Lunatic asylums United Provinces 1899-1908 - 1899-1908
Year: 1899
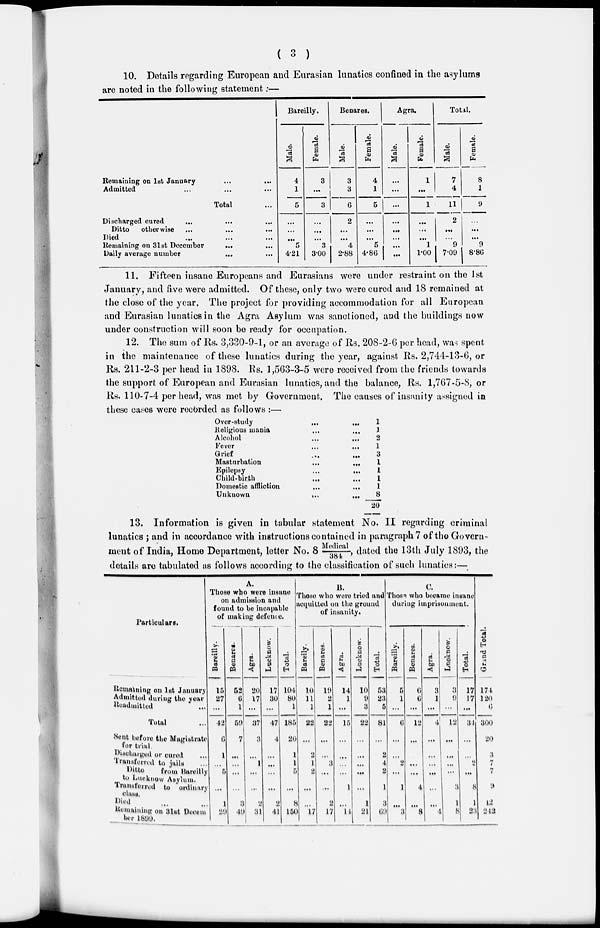
( 3 )
10. Details regarding European and Eurasian lunatics confined in the asylums
are noted in the following statement:—
Remaining on 1st January ... ...
Admitted ... ... ...
Total ...
Discharged cured
... ... ...
Ditto
otherwise ... ... ..
Died ... ... ...
Remaining on 31st December
... ...
Daily average number ... ...
Bareilly.
Male.
4
1
5
...
...
...
5
4.21
Female.
3
...
3
...
...
...
3
3.00
Benares.
Male.
3 3
6
2
...
...
4
2.88
Female.
4
1
5
...
...
...
5
4.86
Agra.
Male.
...
...
...
...
...
...
...
...
Female.
1
...
1
...
...
...
1
1.00
Total.
Male.
7
4
11
2
...
...
9 7.09
Female.
8
1
9
...
...
...
9
8.86
11. Fifteen insane Europeans and Eurasians were under restraint on the 1st
January, and five were admitted. Of these, only two were cured and 18 remained at
the close of the year. The project for providing accommodation for all European
and Eurasian lunatics in the Agra Asylum was sanctioned, and the buildings now
under construction will soon be ready for occupation.
12. The sum of Rs. 3,330-9-1, or an average of Rs. 208-2-6 per head, was spent
in the maintenance of these lunatics during the year, against Rs. 2,744-13-6, or
Rs. 211-2-3 per head in 1898. Rs. 1,563-3-5 were received from the friends towards
the support of European and Eurasian lunatics, and the balance, Rs. 1,767-5-8, or
Rs. 110-7-4 per head, was met by Government. The causes of insanity assigned in
these cases were recorded as follows :—
Over-study ... ...
Religious mania ... ...
Alcohol
...
...
Fever ... ...
Grief ... ...
Masturbation
...
...
Epilepsy ... ...
Child-birth ... ...
Domestic affliction
...
...
Unknown ... ...
1
1
2
1
3
1
1
1
1
8
20
13. Information is given in tabular statement No. II regarding criminal
lunatics ; and in accordance with instructions contained in paragraph 7 of the Govern-
ment of India, Home Department, letter No. 8 Medical/384, dated the 13th July 1893, the
details are tabulated as follows according to the classification of such lunatics:—
Particulars.
Remaining on 1st January
Admitted during the year
Readmitted ...
Total ...
Sent before the Magistrate
for trial.
Discharged or cured ...
Transferred to jails ...
Ditto
from Bareilly
to Lucknow Asylum.
Transferred to ordinary
class.
Died ... ...
Remaining on 31st December 1899.
A.
Those who were insane
on admission and
found to be incapable
of making defence.
Bareilly.
15
27
...
42
6
1
...
5
...
1
29
Benares.
52
6
1
59
7
...
...
...
...
3
49
Agra.
20
17
...
37
3
...
1
...
...
...
31
Lucknow.
17
30
...
47
4
...
...
...
...
2
41
Total.
104
80
1
185
20
1
1
5
...
8
150
B.
Thoes who were tried and
acquitted on the ground
of insanity.
Bareily.
10
11
1
22
...
2
1
2
...
...
17
Benares.
19
2
1
22
...
...
3
...
...
2
17
Agra.
14
1
...
15
...
...
...
...
1
...
14
Lucknow.
10
9
3
22
...
...
...
...
...
1
21
Total.
53
23
5
81
...
2
4
2
1
3
69
C.
Those who became insane
during imprisonment.
Bareilly.
5
1
...
6
...
...
2
...
1
...
3
Benares.
6
6
...
12
...
...
...
...
4
...
8
Agra.
3
1
...
4
...
...
...
...
...
...
4
Lucknow.
3
9
...
12
...
...
1
...
3
1
8
Total.
17
17
...
34
...
...
2
...
8
1
23
Grand Total.
174
120
6
300
20
3
7
7
9
42
242